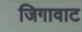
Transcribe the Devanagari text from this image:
जिगावाट